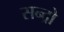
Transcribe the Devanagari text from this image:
सन्द्रो